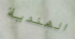
الهندية